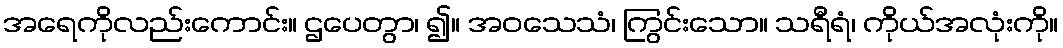
အရေကိုလည်းကောင်း။ ဌပေတွာ၊ ၍။ အဝသေသံ၊ ကြွင်းသော။ သရီရံ၊ ကိုယ်အလုံးကို။